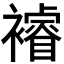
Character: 𮖼